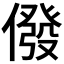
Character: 𠎆